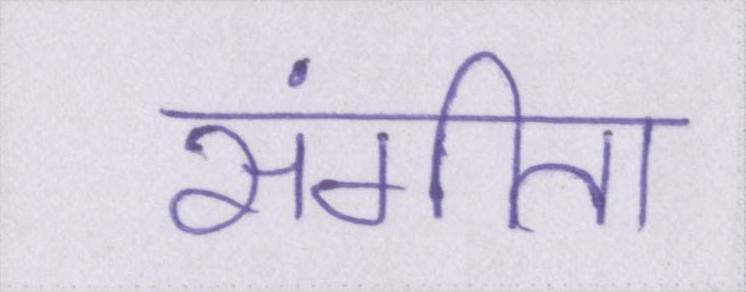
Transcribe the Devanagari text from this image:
संगीता